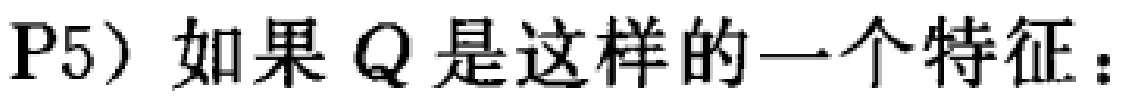
P5）如果 \(Q\) 是这样的一个特征：